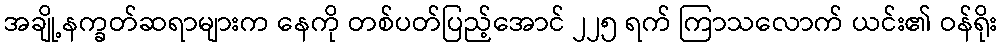
အချို့နက္ခတ်ဆရာများက နေကို တစ်ပတ်ပြည့်အောင် ၂၂၅ ရက် ကြာသလောက် ယင်း၏ ဝန်ရိုး